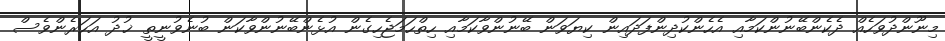
މިނޫންދުވަހެއް ދެކެންބޭނުންކަމާއި އެހެންކުދިންފަދައިން ކިޔަވަން ބޭނުންވާކަމާއި ހިތްހަމަޖެހިގެން އުޅެންބޭނުންވާކަން ބުނެވުނީތީ ޚުދު އަހަރެންވެސް